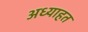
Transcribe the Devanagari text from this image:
अध्याहत